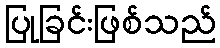
ပြုခြင်းဖြစ်သည်